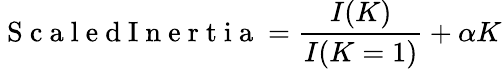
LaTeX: \mathrm{~S~c~a~l~e~d~I~n~e~r~t~i~a~}=\frac{I(K)}{I(K=1)}+\alpha K